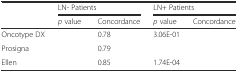
<table><thead><tr><td>[EMPTY_CELL]</td><td colspan="2"><b>LN- Patients</b></td><td colspan="2"><b>LN+ Patients</b></td></tr><tr><td>[EMPTY_CELL]</td><td><b><i>p</i> value</b></td><td><b>Concordance</b></td><td><b><i>p</i> value</b></td><td><b>Concordance</b></td></tr></thead><tbody><tr><td>Oncotype DX</td><td>[EMPTY_CELL]</td><td>0.78</td><td>3.06E-01</td><td>[EMPTY_CELL]</td></tr><tr><td>Prosigna</td><td>[EMPTY_CELL]</td><td>0.79</td><td>[EMPTY_CELL]</td><td>[EMPTY_CELL]</td></tr><tr><td>Ellen</td><td>[EMPTY_CELL]</td><td>0.85</td><td>1.74E-04</td><td>[EMPTY_CELL]</td></tr></tbody></table>